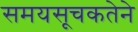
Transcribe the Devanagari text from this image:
समयसूचकतेने